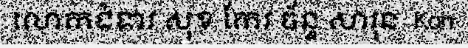
លោកជំទាវ សុខ កែវ ច័ន្ទ សារុន  Koh